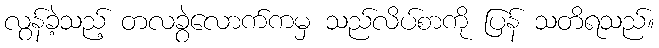
လွန်ခဲ့သည့် တလခွဲလောက်ကမှ သည်လိပ်စာကို ပြန် သတိရသည်။